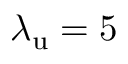
{ \lambda _ { \mathrm { u } } } = 5